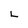
Character: L